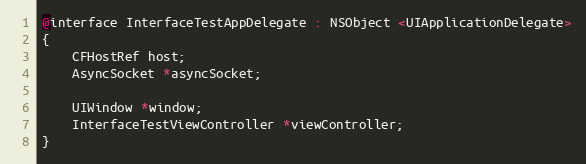
Language: C
@interface InterfaceTestAppDelegate : NSObject <UIApplicationDelegate>
{
	CFHostRef host;
	AsyncSocket *asyncSocket;

	UIWindow *window;
	InterfaceTestViewController *viewController;
}